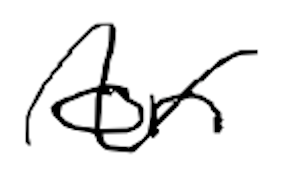
Text: on
Cross-out: wave
Writing tool: digital_black